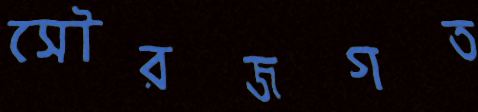
সৌরজগত